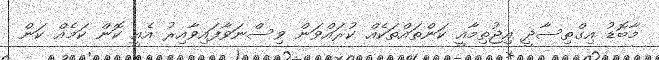
މާބޮޑު އިގްތިސާދީ އިޖުތިމާއީ ކަންތައްތަކެއް ކުރައްވަން ވިސްނަވާފައިވާއިރު އެއީ ކޮން ކަމެއް ކަން